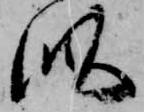
似